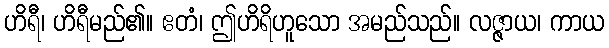
ဟိရီ၊ ဟိရီမည်၏။ ဧတံ၊ ဤဟိရိဟူသော အမည်သည်။ လဇ္ဇာယ၊ ကာယ